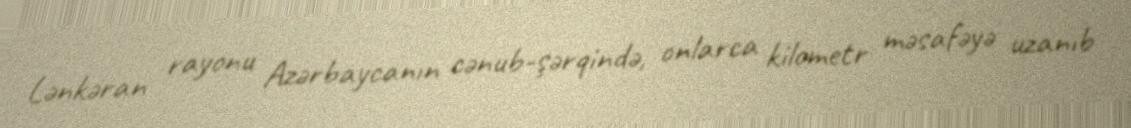
Lənkəran rayonu Azərbaycanın cənub-şərqində, onlarca kilometr məsafəyə uzanıb